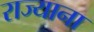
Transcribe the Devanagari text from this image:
राज्याना